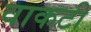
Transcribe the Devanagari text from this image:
वाकटी